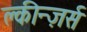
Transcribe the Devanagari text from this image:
क्लीन्ज़र्स